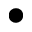
\bullet